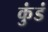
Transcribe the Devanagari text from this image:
कुंडं